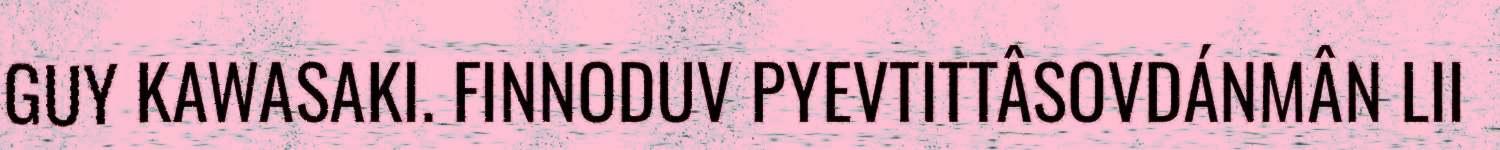
GUY KAWASAKI. FINNODUV PYEVTITTÂSOVDÁNMÂN LII